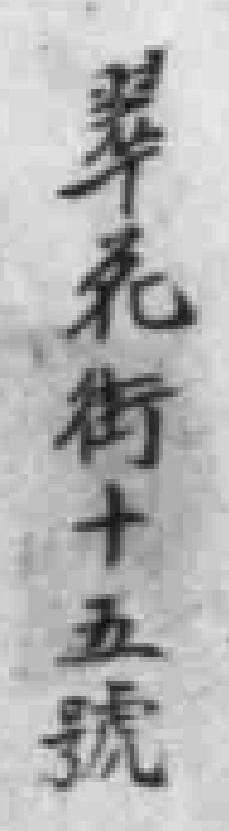
翠元街十五號